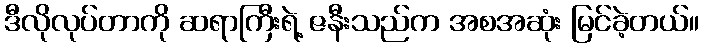
ဒီလိုလုပ်တာကို ဆရာကြီးရဲ့ ဇနီးသည်က အစအဆုံး မြင်ခဲ့တယ်။